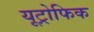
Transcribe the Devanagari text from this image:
यूट्रोफिक